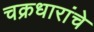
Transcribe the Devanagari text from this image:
चक्रधारांचे